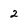
Character: 2